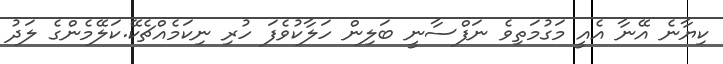
ކިޔާނެ އޭނާ އެއީ މަގުމަތިވެ ނަފްސާނީ ބަލިން ހަލާކުވެފަ ހުރި ނިކަމެއްޗެކޭ.ކަލޭމެންގެ ލަދު